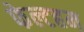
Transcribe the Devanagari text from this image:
फेल्टहम